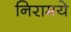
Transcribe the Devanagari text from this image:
निरामये